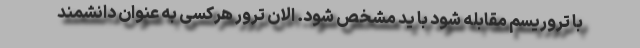
با تروریسم مقابله شود با ید مشخص شود. الان ترور هرکسی به عنوان دانشمند